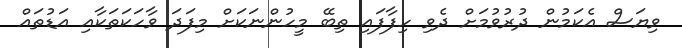
ވިޔަސް އެކަމުން ދުރުވުމަށް ދެވި ހިފާފައި ތިބޭ މީހުންނަކަށް މިފަދަ ވާހަކަތަކާއި އަޑުތައް